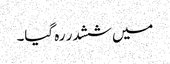
میں ششدر رہ گیا۔